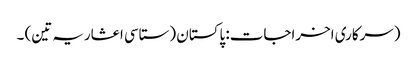
(سرکاری اخراجات: پاکستان (ستاسی اعشاریہ تین) ۔